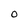
Character: O